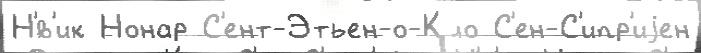
Н'́в'ик Нонар С'ент-Этьен-о-Кло С'ен-С'ипр'иjен